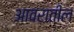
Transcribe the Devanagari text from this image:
आवरातील